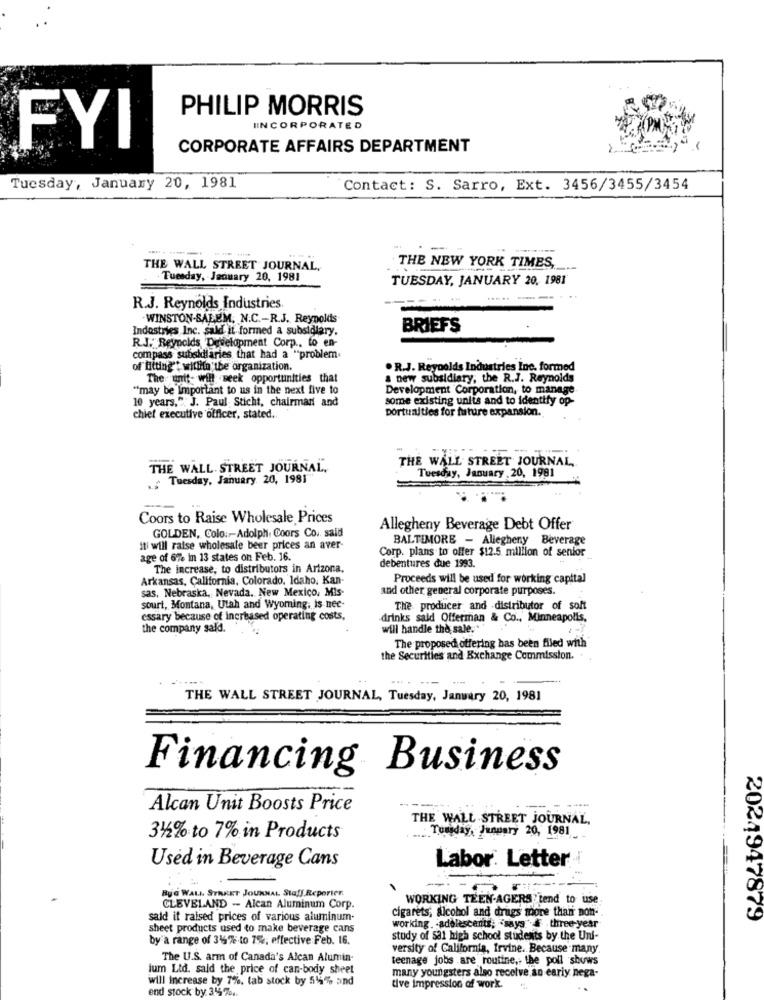
PHILIP MORRIS
IINCORPORATED
FYI
CORPORATE AFFAIRS DEPARTMENT
Tuesday, January 20, 1981
Contact: S. Sarro, Ext. 3456/3455/3454
----
THE WALL STREET JOURNAL,
THE NEW YORK TIMES,
Tuesday, January 20, 1981
TUESDAY, JANUARY 20, 1981
R.J. Reynolds Industries
WINSTON-SALEM, N.C .- R.J. Reynolds-
Industries Inc. said it formed a subsidiary.
BRIEFS
R.J. Reynolds 'Development Corp ., to en-
compass subsidiaries that had a "problem
of fitting't within the organization.
. R.J. Reynolds Industries Inc. formed
The unit- will seek opportunities that
a new subsidiary, the R.J. Reynolds
"may be Important to us in the next five to
Development Corporation, to manage
10 years."; J. Paul Sticht, chairman and
some existing units and to identify op-
portunities for future expansion.
chief executive officer, stated ..
THE WALL STREET JOURNAL,
THE WALL STREET JOURNAL.
Tuesday, January , 20, 1981
. Tuesday, January 20, 1981
Coors to Raise Wholesale Prices
GOLDEN, Colo:Adolph, Coors Co. said
Allegheny Beverage Debt Offer
BALTIMORE - Allegheny Beverage
iti will raise wholesale beer prices an aver-
Corp. plans to offer $12.5 million of senior
age of 6% in 13 states on Feb. 16.
The increase, to distributors in Arizona.
debentures due 1993.
Arkansas, California, Colorado, Idaho, Kan-
Proceeds will be used for working capital
sas, Nebraska, Nevada. New Mexico, Mis-
and other general corporate purposes.
sourt, Montana, Utah and Wyoming. is nee-
The producer and -distributor of soft
essary because of increased operating costs,
drinks said Offerman & Co ., Minneapolis,
the company sald.
will handle the sale."
The proposed offering has been filed with
the Securities and Exchange Commission ..
....
THE WALL STREET JOURNAL, Tuesday, January 20, 1981
Financing Business
Alcan Unit Boosts Price
THE WALL STREET JOURNAL,
Tousday, January 20, 1981
312% to 7% in Products
Used in Beverage Cans
Labor. Letter
ByG WALL STREET JOURNAL Staff Reporten
WORKING TEEN AGERS tend to use
CLEVELAND - Alcan Aluminum Corp.
cigarets; alcohol and drugs more than non-
sald it raised prices of various aluminum-
2024947879
sheet products used to make beverage cans
working. adolescents, "says three- year
by a range of 316%.to 7%; effective Feb. 16.
study of sal high school students by the Uni-
versity of California, Irvine. Because many.
The U.S. arm of Canada's Alcan Alumin-
teenage jobs are routine ,, the poll shows
lum Ltd. said the price of can-body sheet
will Increase by 7%. tab stock by 514% and
many youngsters also receive an early nega-
end stock by 314% ..
tive impression of work.